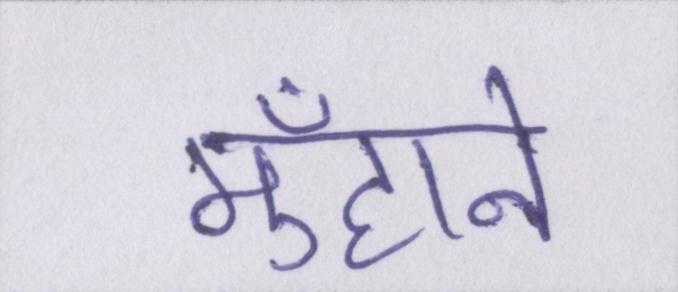
मुँहाने